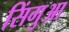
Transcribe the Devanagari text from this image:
सिंगुआ